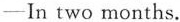
—In two months.